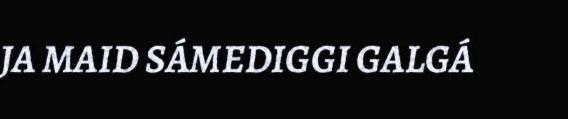
JA MAID SÁMEDIGGI GALGÁ